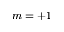
m = + 1